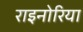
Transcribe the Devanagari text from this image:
राइनोरिया